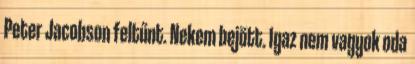
Peter Jacobson feltűnt. Nekem bejött. Igaz nem vagyok oda